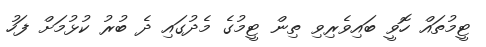
ޓީމުތައް ހޮވީ ބައިވެރިވި ތިން ޓީމުގެ މެދުގައި ދެ ބުރު ކުޅުމަށް ފަހު